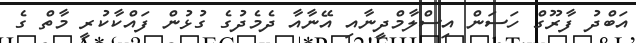
އަބްދު ފާރޫގް ހަސަން އިސްލާމްދީނާއި އޭނާއާ ދެމެދުގެ ގުޅުން ފައްކާކުރީ މާތް ގެ